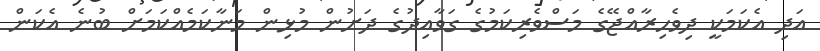
އަދި އެކަމަކީ ދިވެހިރާއްޖޭގެ މަސްވެރިކަމުގެ ގަވާއިދުގެ ދަށުން މުޅިން މަނާކަމެއްކަމަށް ބުނެ އެކަން